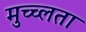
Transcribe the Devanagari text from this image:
मुच्च्लता